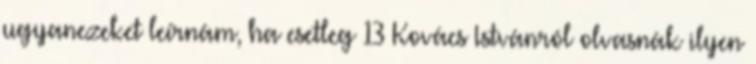
ugyanezeket leírnám, ha esetleg 13 Kovács Istvánról olvasnák ilyen